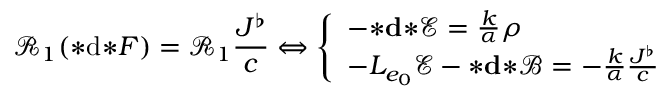
\mathcal { R } _ { 1 } ( { * } \mathrm { d } { * } F ) = \mathcal { R } _ { 1 } \frac { J ^ { \flat } } { c } \Leftrightarrow \left\{ \begin{array} { l l } { - { \boldsymbol { * } } \mathbf { d } { \boldsymbol { * } } \mathscr { E } = \frac { k } { \alpha } \rho } \\ { - L _ { e _ { 0 } } \mathscr { E } - { \boldsymbol { * } } \mathbf { d } { \boldsymbol { * } } \mathscr { B } = - \frac { k } { \alpha } \frac { \boldsymbol { J ^ { \flat } } } { c } } \end{array} \right.